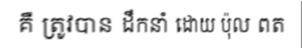
គឺ ត្រូវបាន ដឹកនាំ ដោយ ប៉ុល ពត